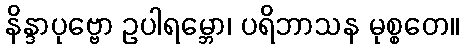
နိန္ဒာပုဗ္ဗော ဥပါရမ္ဘော၊ ပရိဘာသန မုစ္စတေ။